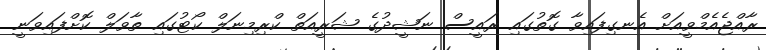
ރާއްޖެއެމްވީއަށް އެނގިފައިވާ ގޮތުގައި ރައީސް ނަޝީދުގެ ޝަރީއަތް ކްރިމިނަލް ކޯޓުގައި ތާވަލް ކޮށްފައިވަނީ